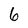
Character: 6